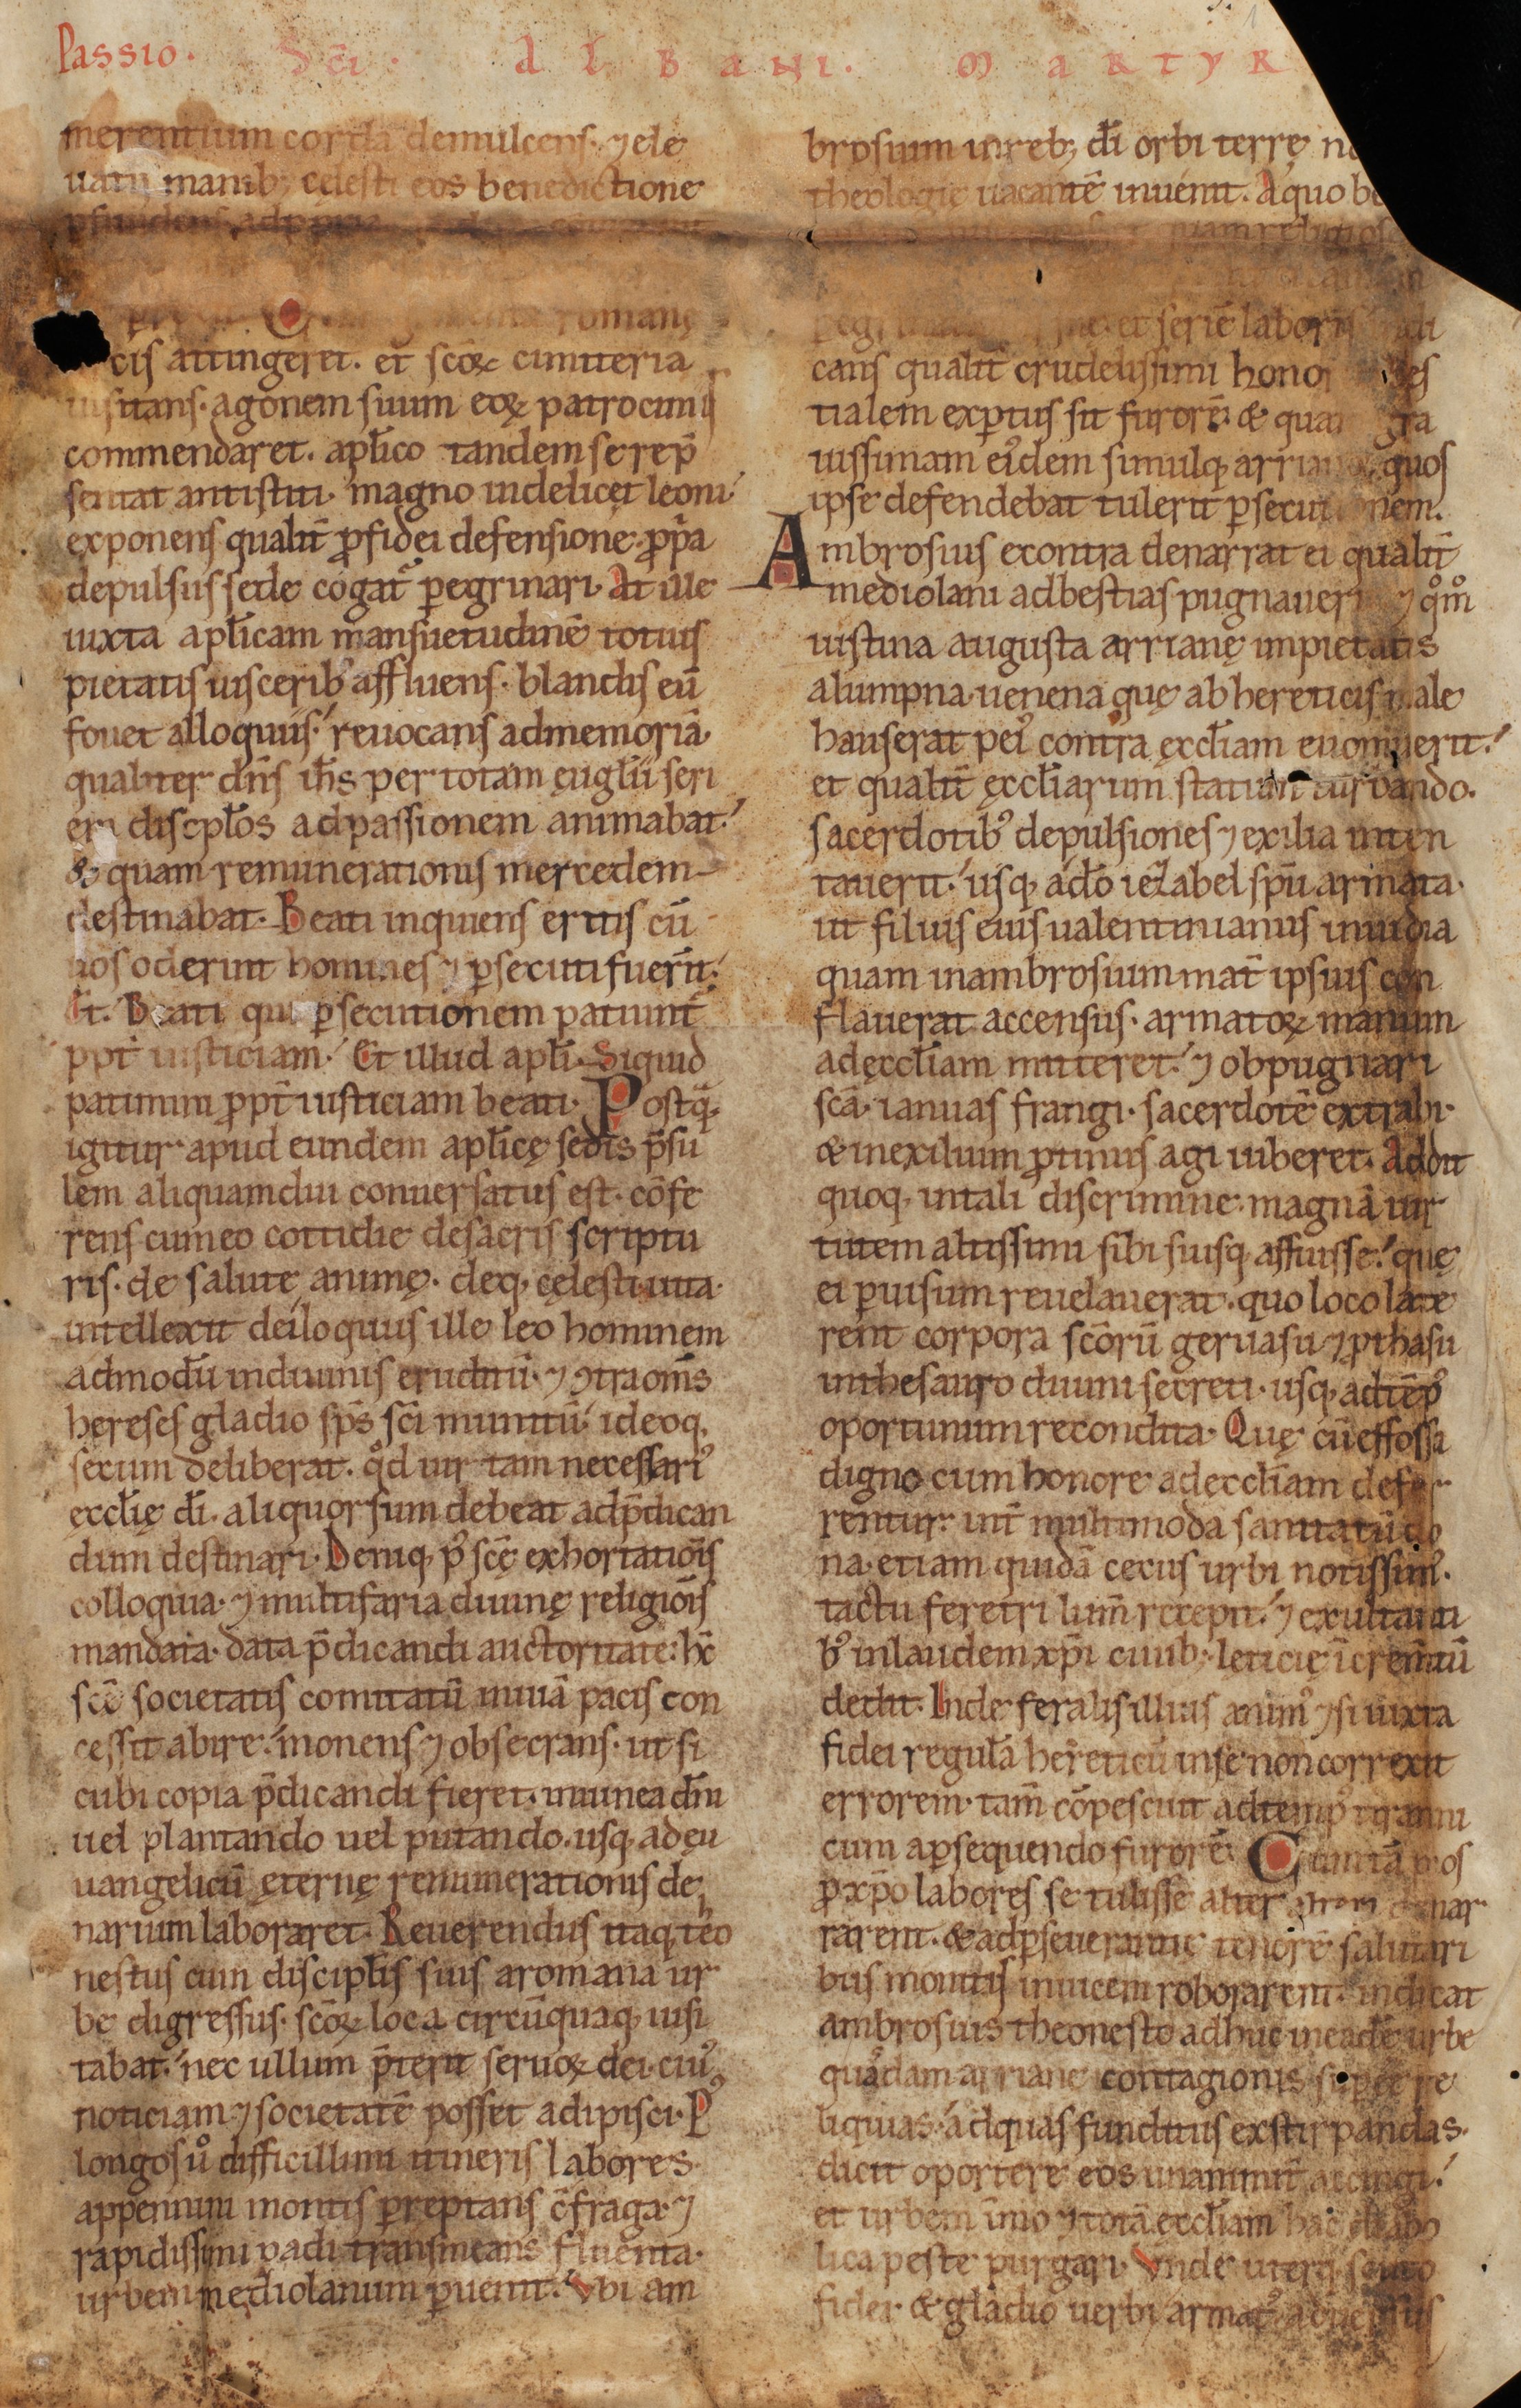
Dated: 1140–1170